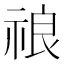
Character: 𱵒